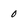
Character: 0